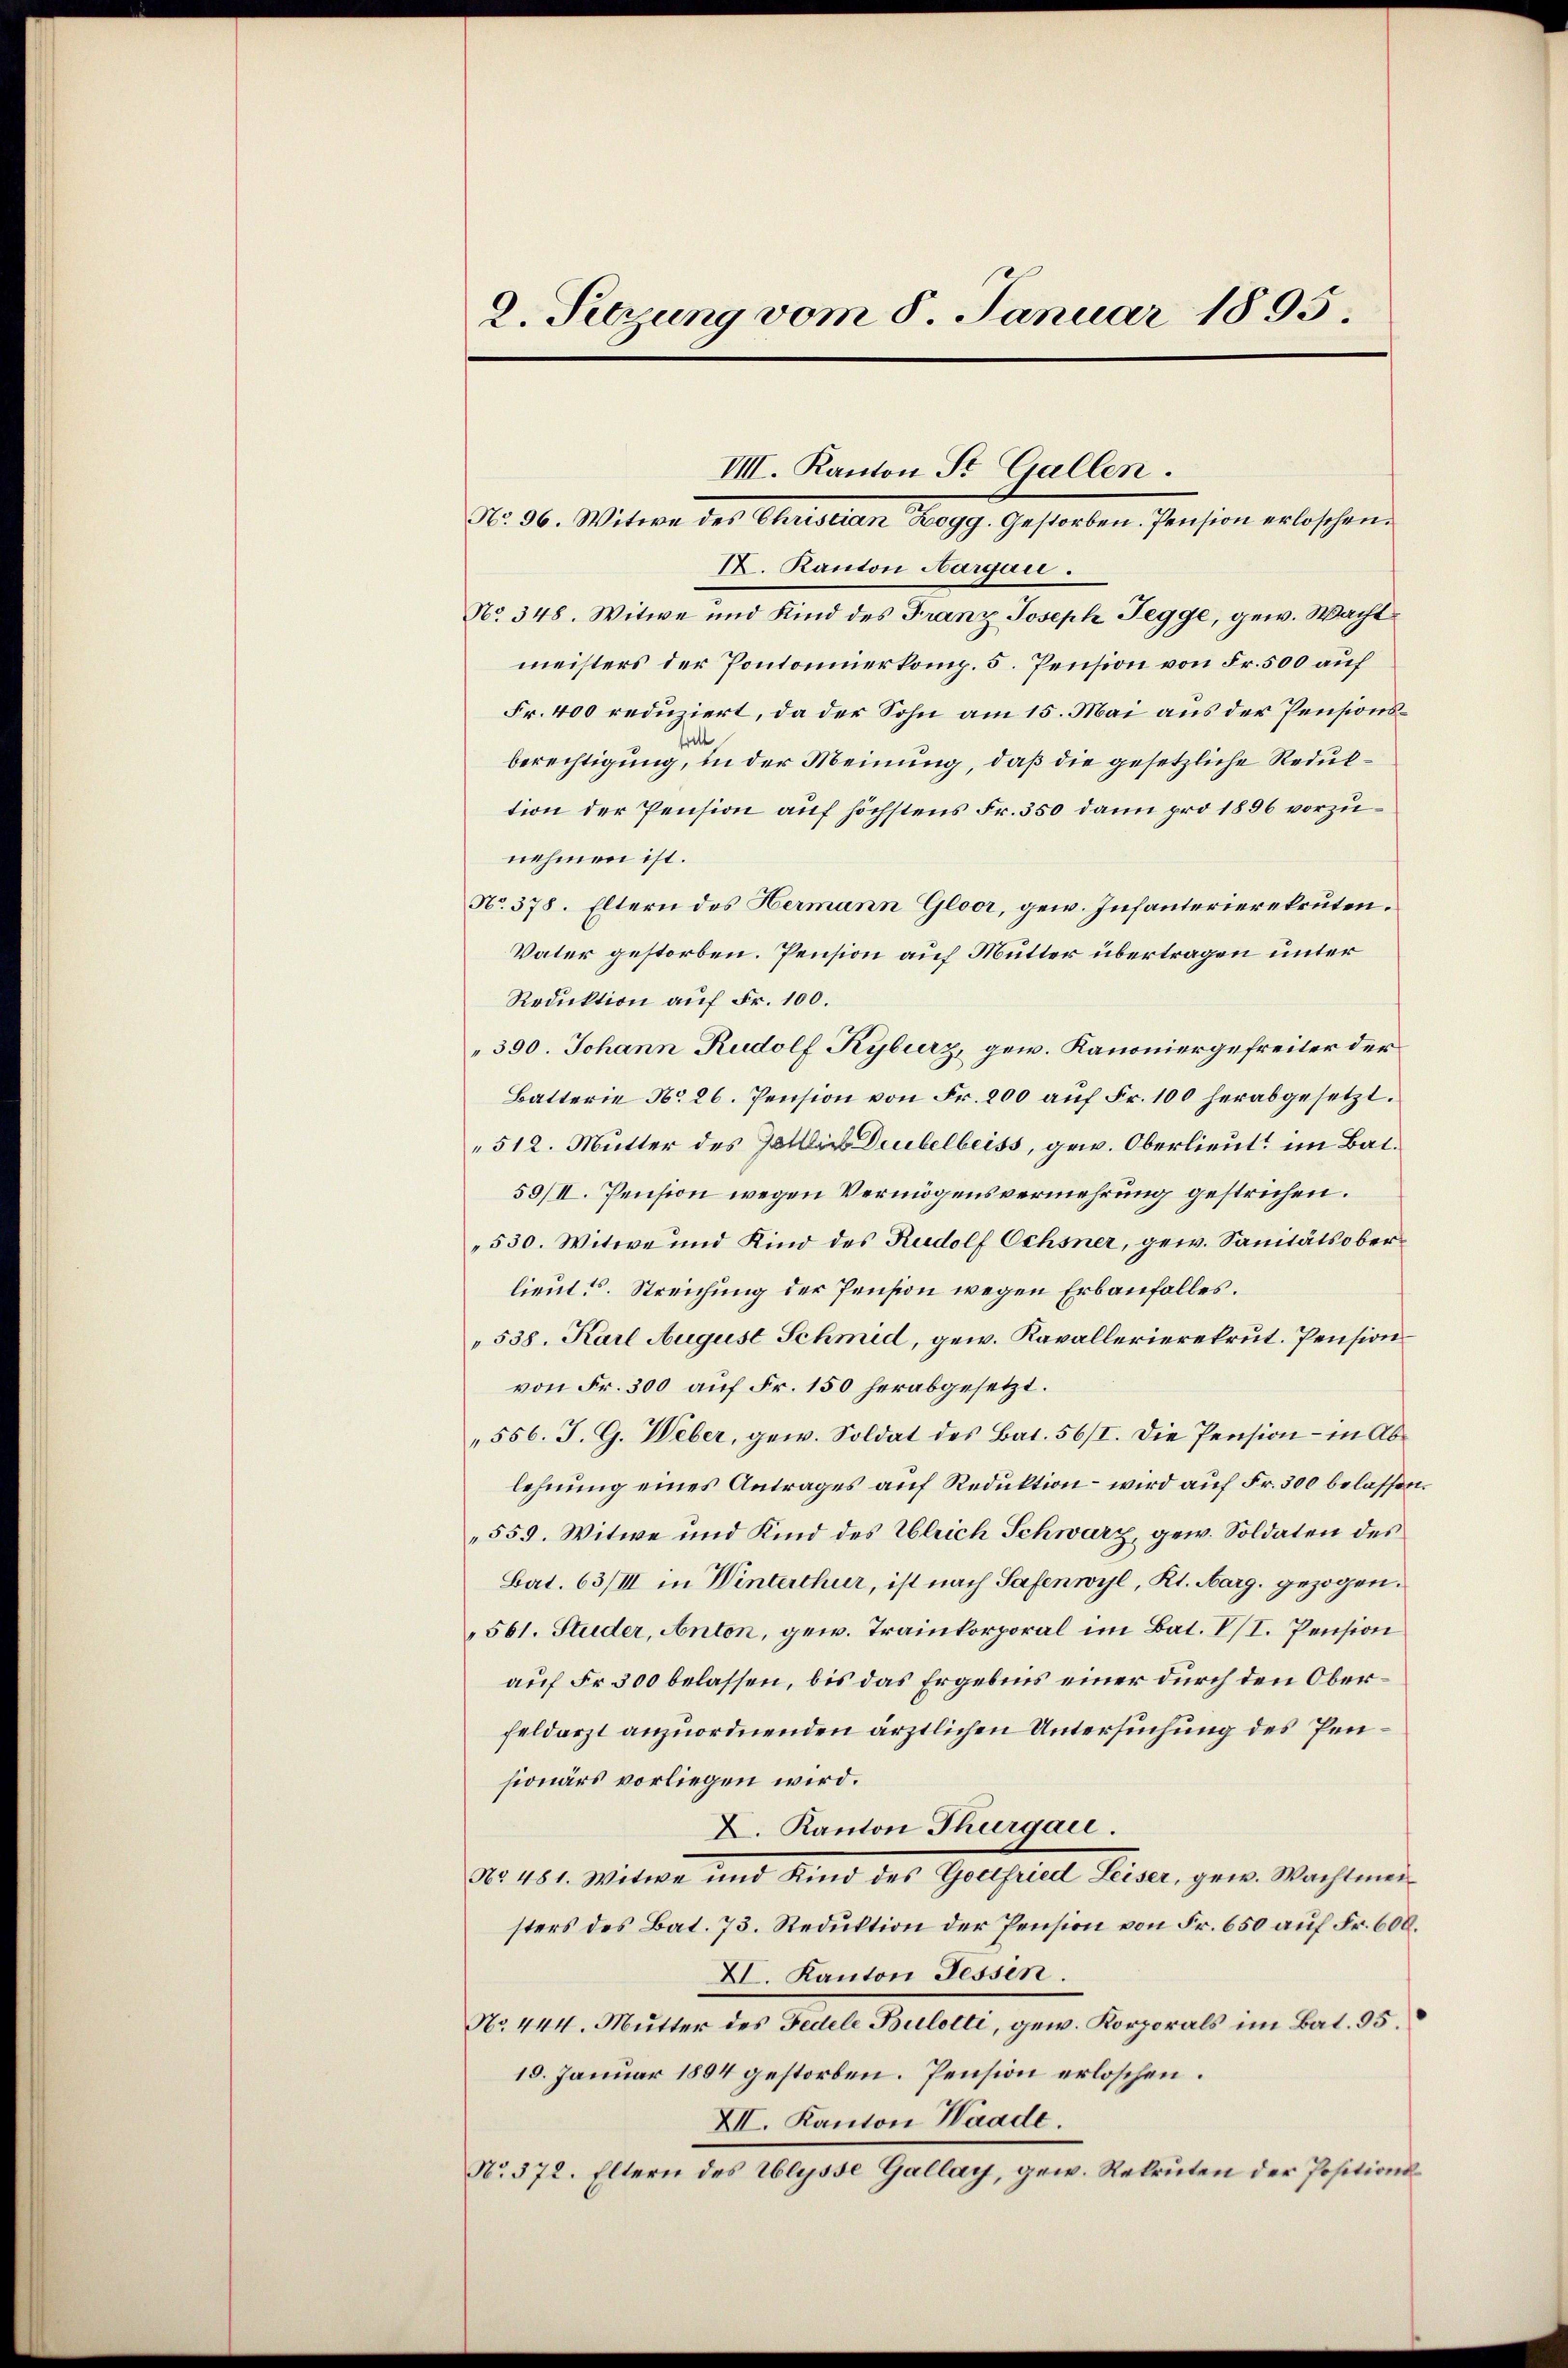
2. Setzung vom 8. Januar 1895.

IX. Kanton Aargau.
No. 348. Witwe und Kind des Franz Joseph Pegge, gew. Wacht
meisters der Pontonierkomp. 5. Pension von Fr. 500 auf
Fr. 400 reduziert, da der Sohn am 15. Mai aus der Pensionsdett
berechtigung, in der Meinung, daß die gesetzliche Redultion der Pension auf höchstens Fr. 350 dann pro 1856 vorzunehmen ist.
No. 378. Eltern des Hermann Gloor, gew. Infanterierekruten.
Vater gestorben. Pension auf Mutter übertragen unter
Reduktion auf Fr. 100.
390. Johann Rudolf Kyburz, gew. Kanoniergefreiter der
Batterie No 26. Pension von Fr. 200 auf Fr. 100 herabgesetzt.
512. Mutter des Galler Deubelbeiss, gew. Oberlieut. im Bal¬
59/II. Pension wegen Vermögensvermehrung gestrichen.
530. Witwe und Kind des Rudolf Ochsner, gew. Sanitätsoberlieut. Streichung der Pension wegen Erbaufalles.
538. Karl August Schmid, gew. Kavallerierekrut. Pension
von Fr. 300 auf Fr. 150 herabgesetzt.
„556. J. G. Weber, gew. Soldat des Bat. 56/I. Die Pension - in Ablehnung eines Antrages auf Reduktion – wird auf Fr. 300 belassen.
559. Witwe und Kind des Ulrich Schwarz, gew. Soldaten des
Bat. 63/III in Winterthur, ist nach Safenwyl, Kt. Aarg. gezogen.
561. Studer, Anton, gew. Trainkorporal im Bat. VI. Pension
auf Fr. 300 belassen, bis das Ergebnis einer durch den Oberfeldarzt anzuordnenden ärztlichen Untersuchung des Pensionärs vorliegen wird.
X. Kanton Thurgau.
No. 481. Witwe und Kind das Gotthalt Preiser, gew. Wachten
sters des Bat. 73. Reduktion der Pension von Fr. 650 auf Fr. 600.
XI. Kanton Tessin.
No. 444. Mutter des Fedele Bulotti, gew. Korporals im Bat. 95.
19. Januar 1894 gestorben. Pension erloschen.
XII. Kanton Waade.
No. 372. Eltern des Ulysse Gallay, gew. Rekruten der Positions¬

VIII. Kanton St. Gallen.
Nr. 30. Witwe der Christian Prof. Gestanten Pension erloschen